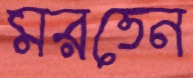
মরতেন